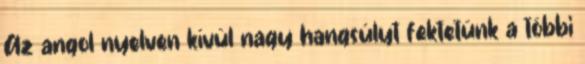
Az angol nyelven kívül nagy hangsúlyt fektetünk a többi